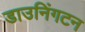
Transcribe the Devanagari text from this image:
डाउनिंगटन